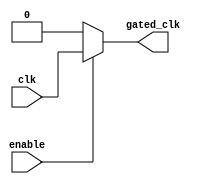
module clock_gating_cell (
    input wire clk,         // Incoming clock signal
    input wire enable,      // Enable signal
    output wire gated_clk   // Gated clock output
);
    // Gated clock logic
    assign gated_clk = enable ? clk : 1'b0;

endmodule